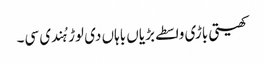
کھیتی باڑی واسطے بڑیاں باہاں دی لوڑ ہُندی سی۔